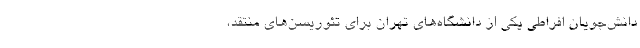
دانش‌جویان افراطی یکی از دانشگاه‌های تهران برای تئوریسن‌های منتقد،